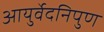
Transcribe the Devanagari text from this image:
आयुर्वेदनिपुण